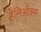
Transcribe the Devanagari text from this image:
हेलिऑक्स